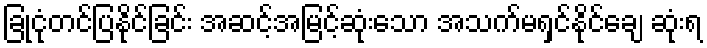
ခြုံငုံတင်ပြနိုင်ခြင်း အဆင့်အမြင့်ဆုံးသော အသက်မရှင်နိုင်ချေ ဆုံးရ